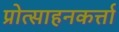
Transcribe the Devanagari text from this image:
प्रोत्साहनकर्त्ता